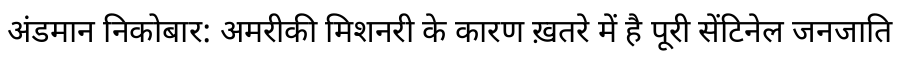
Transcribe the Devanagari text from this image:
अंडमान निकोबार: अमरीकी मिशनरी के कारण ख़तरे में है पूरी सेंटिनेल जनजाति